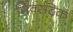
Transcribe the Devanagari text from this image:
मिक्सटेक